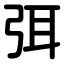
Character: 弭